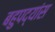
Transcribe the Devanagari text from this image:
बहुपद्यांस